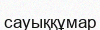
сауыққұмар